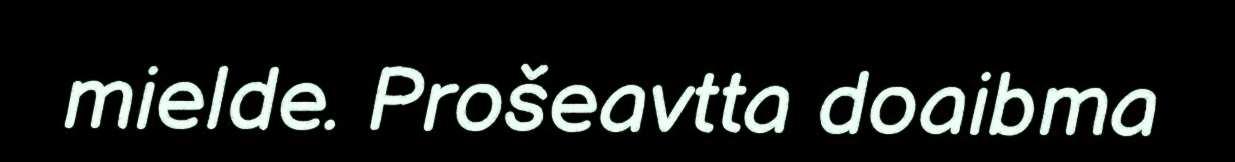
mielde. Prošeavtta doaibma